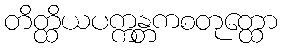
တိတ္ထိယပက္ကန္တကစတုတ္ထော